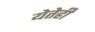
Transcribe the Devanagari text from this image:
येतेही